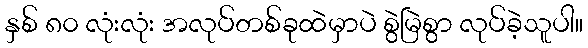
နှစ် ၈၀ လုံးလုံး အလုပ်တစ်ခုထဲမှာပဲ စွဲမြဲစွာ လုပ်ခဲ့သူပါ။